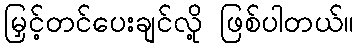
မြှင့်တင်ပေးချင်လို့ ဖြစ်ပါတယ်။